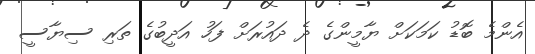
އެންމެ ބޮޑު ކަމަކަަށް ޔާމީންގެ ދެ ދައުރަށް ފަހު އަދީބުގެ ތަރި ސިޔާސީ